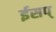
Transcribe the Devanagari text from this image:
ईसप्